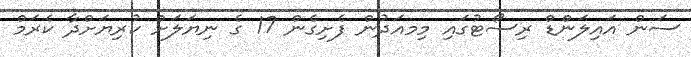
ސަން އައިލަންޑް ރިސޯޓުގައި މިމއަދުން ފެށިގެން 17 ގެ ނިޔަލަށް ކުރިޔަށްދާ ކެރަމް